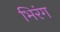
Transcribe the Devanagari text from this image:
भिरंग